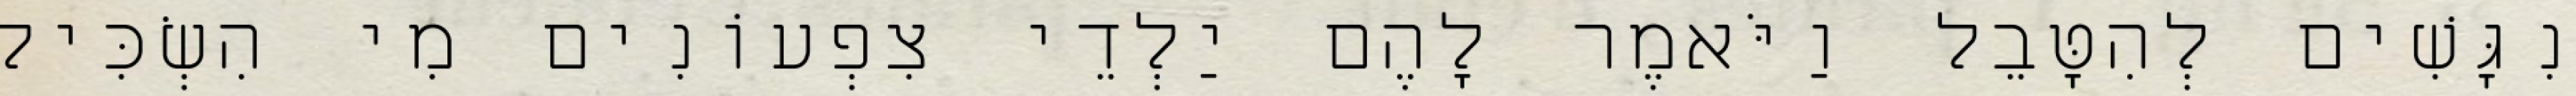
נִגָּשִׁים לְהִטָּבֵל וַיֹּאמֶר לָהֶם יַלְדֵי צִפְעוֹנִים מִי הִשְׂכִּיל